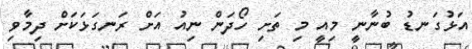
އަޅުގަނޑު ބުނާނީ މިއީ މި ތަށި ހޯދަން ނިއު އަށް ރަނގަޅަކަށް ދިމާވި